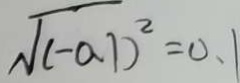
\sqrt { ( - a 1 ) ^ { 2 } } = 0 . 1